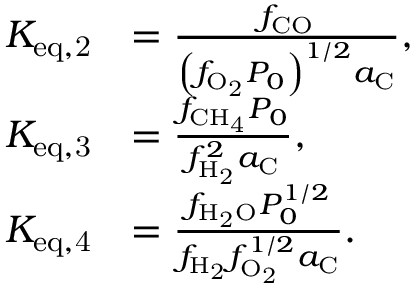
\begin{array} { r l } { K _ { \mathrm { e q , 2 } } } & { = \frac { f _ { \mathrm { C O } } } { \left( f _ { \mathrm { O _ { 2 } } } P _ { 0 } \right) ^ { 1 / 2 } a _ { \mathrm { C } } } , } \\ { K _ { \mathrm { e q , 3 } } } & { = \frac { f _ { \mathrm { C H _ { 4 } } } P _ { 0 } } { f _ { \mathrm { H _ { 2 } } } ^ { 2 } a _ { \mathrm { C } } } , } \\ { K _ { \mathrm { e q , 4 } } } & { = \frac { f _ { \mathrm { H _ { 2 } O } } P _ { 0 } ^ { 1 / 2 } } { f _ { \mathrm { H _ { 2 } } } f _ { \mathrm { O _ { 2 } } } ^ { 1 / 2 } a _ { \mathrm { C } } } . } \end{array}